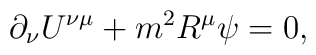
\partial _{\nu }U^{\nu \mu }+m^{2}R^{\mu }\psi =0,